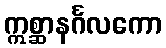
ဣစ္ဆာနင်္ဂလကော